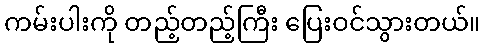
ကမ်းပါးကို တည့်တည့်ကြီး ပြေးဝင်သွားတယ်။